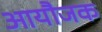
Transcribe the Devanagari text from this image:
आयौजक